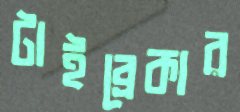
টাইব্রেকার